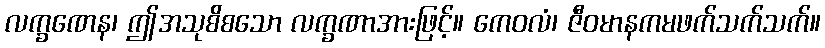
လက္ခဏေန၊ ဤအသုစိစသော လက္ခဏာအားဖြင့်။ ကေဝလံ၊ ဇီဝမာနကမဖက်သက်သက်။